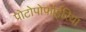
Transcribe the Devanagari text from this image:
प्रोटोपोर्फाईरिया